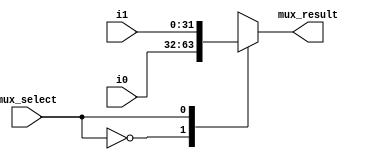
module mux_adder(i0,i1,mux_select,mux_result);

    input [31:0] i0,i1;
    input mux_select;
    output reg [31:0] mux_result;

     always @(*) begin
	  case (mux_select)
	  
	  1'b0: mux_result = i0;
	  1'b1: mux_result = i1;
	  
	
	  endcase
	  end
	  
endmodule